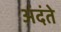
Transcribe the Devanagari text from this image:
अंदंते